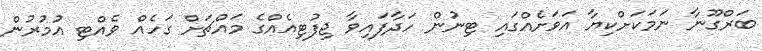
ބަރްގޫނާ ނަމަކަށްކިޔާ އަވަށެއްގައި ޓިނުން ހަދާފައިވާ ޖިފުޓިއެއްގެ މައްޗަށް ގަހެއް ވެއްޓި އުމުރުން